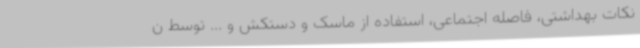
نکات بهداشتی، فاصله اجتماعی، استفاده از ماسک و دستکش و ... توسط ن